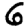
Digit: 6